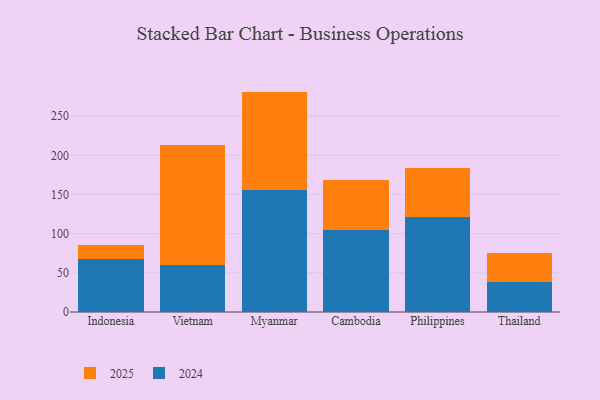
{"axis": {"x": "Country", "y": "Churn Rate (%)"}, "legend": ["2024", "2025"], "data": [{"x": "Indonesia", "y": 67.4, "type": "2024"}, {"x": "Indonesia", "y": 18.5, "type": "2025"}, {"x": "Vietnam", "y": 59.9, "type": "2024"}, {"x": "Vietnam", "y": 153.0, "type": "2025"}, {"x": "Myanmar", "y": 156.0, "type": "2024"}, {"x": "Myanmar", "y": 125.4, "type": "2025"}, {"x": "Cambodia", "y": 104.2, "type": "2024"}, {"x": "Cambodia", "y": 64.0, "type": "2025"}, {"x": "Philippines", "y": 121.6, "type": "2024"}, {"x": "Philippines", "y": 62.6, "type": "2025"}, {"x": "Thailand", "y": 38.2, "type": "2024"}, {"x": "Thailand", "y": 36.5, "type": "2025"}]}